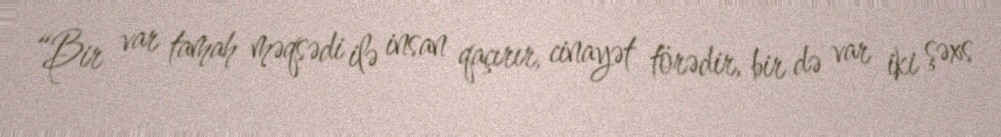
“Bir var tamah məqsədi ilə insan qaçırır, cinayət törədir, bir də var iki şəxs